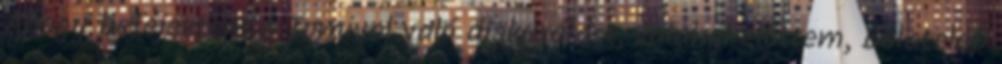
Ahogy befejeztem a Tomival való diskurálást, valahol előttem, Bélatelep